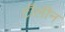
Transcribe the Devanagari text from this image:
टॉलीन